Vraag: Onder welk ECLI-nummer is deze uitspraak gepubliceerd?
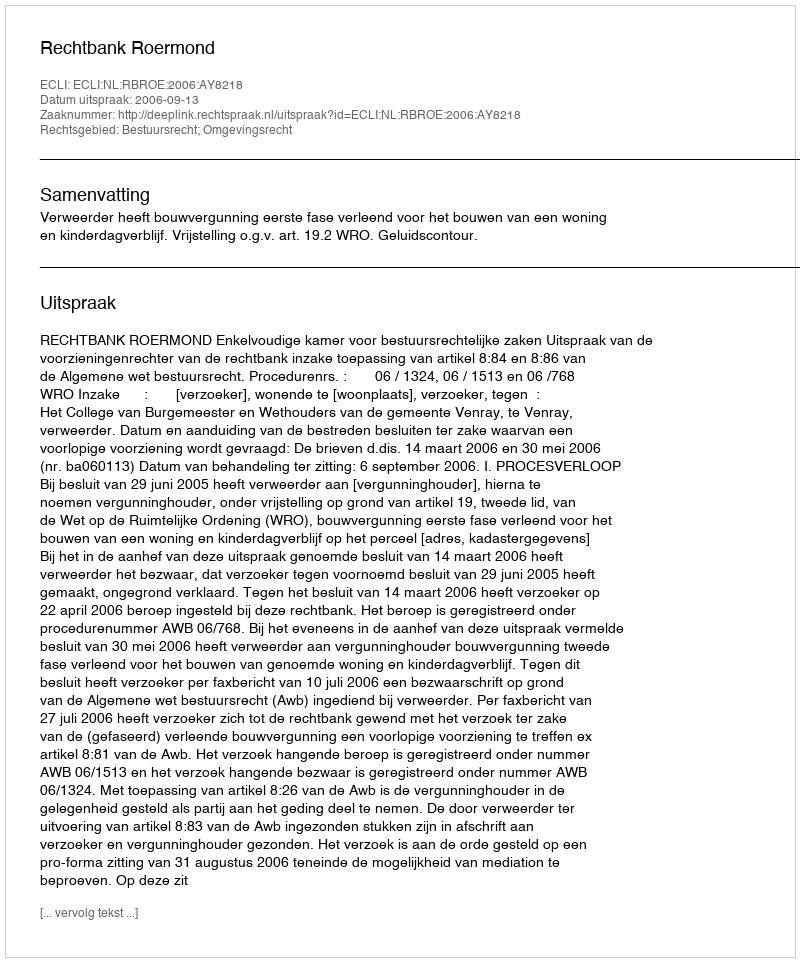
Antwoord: ECLI:NL:RBROE:2006:AY8218